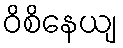
ဝိစိနေယျ